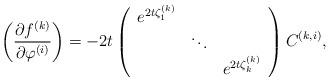
LaTeX: \begin{align*}\left(\frac{\partial f^{(k)}}{\partial \varphi^{(i)}}\right) = -2t\left(\begin{array}{ccc}e^{2t\zeta_1^{(k)}} & & \\& \ddots & \\& & e^{2t\zeta_k^{(k)}}\\\end{array}\right)C^{(k,i)},\end{align*}